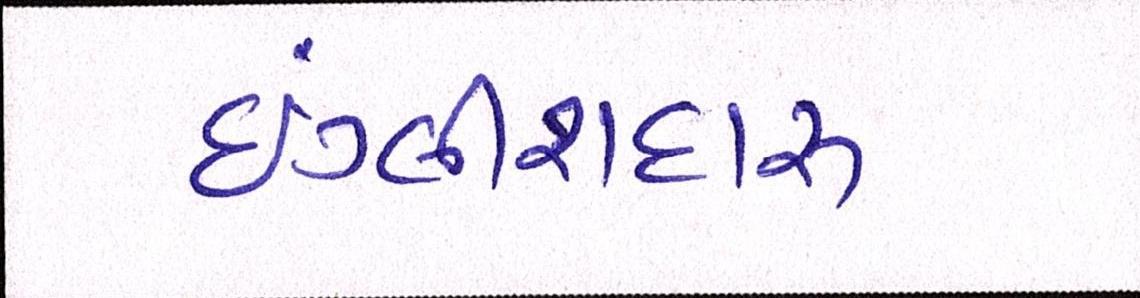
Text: ઇંગ્લીશદારૂ